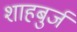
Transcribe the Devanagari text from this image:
शाहबुर्ज